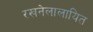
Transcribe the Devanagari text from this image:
रखनेलालायित